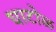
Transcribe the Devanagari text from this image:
घाटोळ